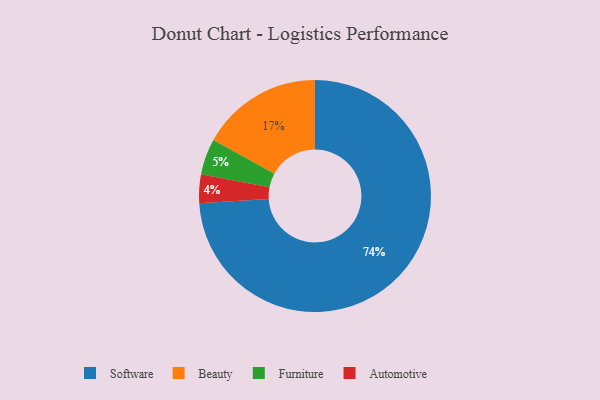
{"axis": {"x": "Category", "y": "Percentage"}, "legend": ["Automotive", "Beauty", "Furniture", "Software"], "data": [{"x": "Furniture", "y": 5, "type": "Furniture"}, {"x": "Automotive", "y": 4, "type": "Automotive"}, {"x": "Software", "y": 74, "type": "Software"}, {"x": "Beauty", "y": 17, "type": "Beauty"}]}